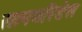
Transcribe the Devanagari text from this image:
सानगरिडेस